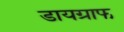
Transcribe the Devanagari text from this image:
डायग्राफ